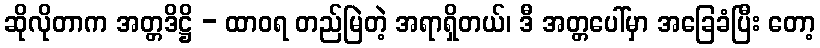
ဆိုလိုတာက အတ္တဒိဋ္ဌိ - ထာဝရ တည်မြဲတဲ့ အရာရှိတယ်၊ ဒီ အတ္တပေါ်မှာ အခြေခံပြီး တော့